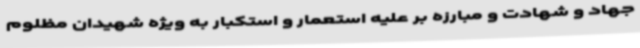
جهاد و شهادت و مبارزه بر علیه استعمار و استکبار به ویژه شهیدان مظلوم